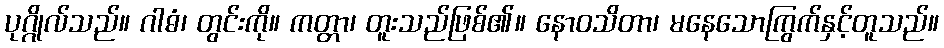
ပုဂ္ဂိုလ်သည်။ ဂါဓံ၊ တွင်းကို။ ကတ္တာ၊ တူးသည်ဖြစ်၏။ နောဝသိတာ၊ မနေသောကြွက်နှင့်တူသည်။